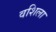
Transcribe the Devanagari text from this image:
वशिला